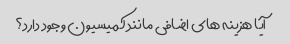
آیا هزینه های اضافی مانند کمیسیون وجود دارد؟